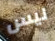
ليس